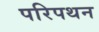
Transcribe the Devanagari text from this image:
परिपथन